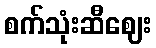
စက်သုံးဆီဈေး